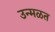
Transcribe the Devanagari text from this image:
उन्मळत